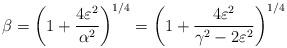
LaTeX: \begin{align*}\beta = \left( 1 + \frac{4\varepsilon^2}{\alpha^2}\right)^{1/4} = \left( 1 + \frac{4\varepsilon^2}{\gamma^2 - 2\varepsilon^2}\right)^{1/4}\end{align*}